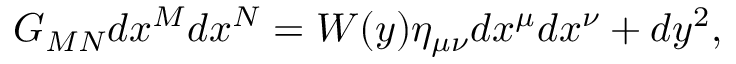
G _ { M N } d x ^ { M } d x ^ { N } = { \cal W } ( y ) \eta _ { \mu \nu } d x ^ { \mu } d x ^ { \nu } + d y ^ { 2 } ,